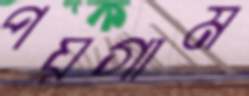
পয়গাম